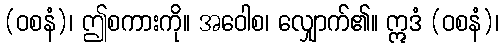
(ဝစနံ)၊ ဤစကားကို။ အဝေါစ၊ လျှောက်၏။ ဣဒံ (ဝစနံ)၊